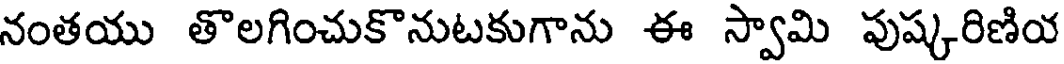
నంతయు తొలగించుకొనుటకుగాను ఈ స్వామి పుష్కరిణియ